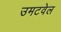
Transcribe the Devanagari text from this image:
उमटवेल